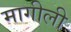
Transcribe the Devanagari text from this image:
मागीली